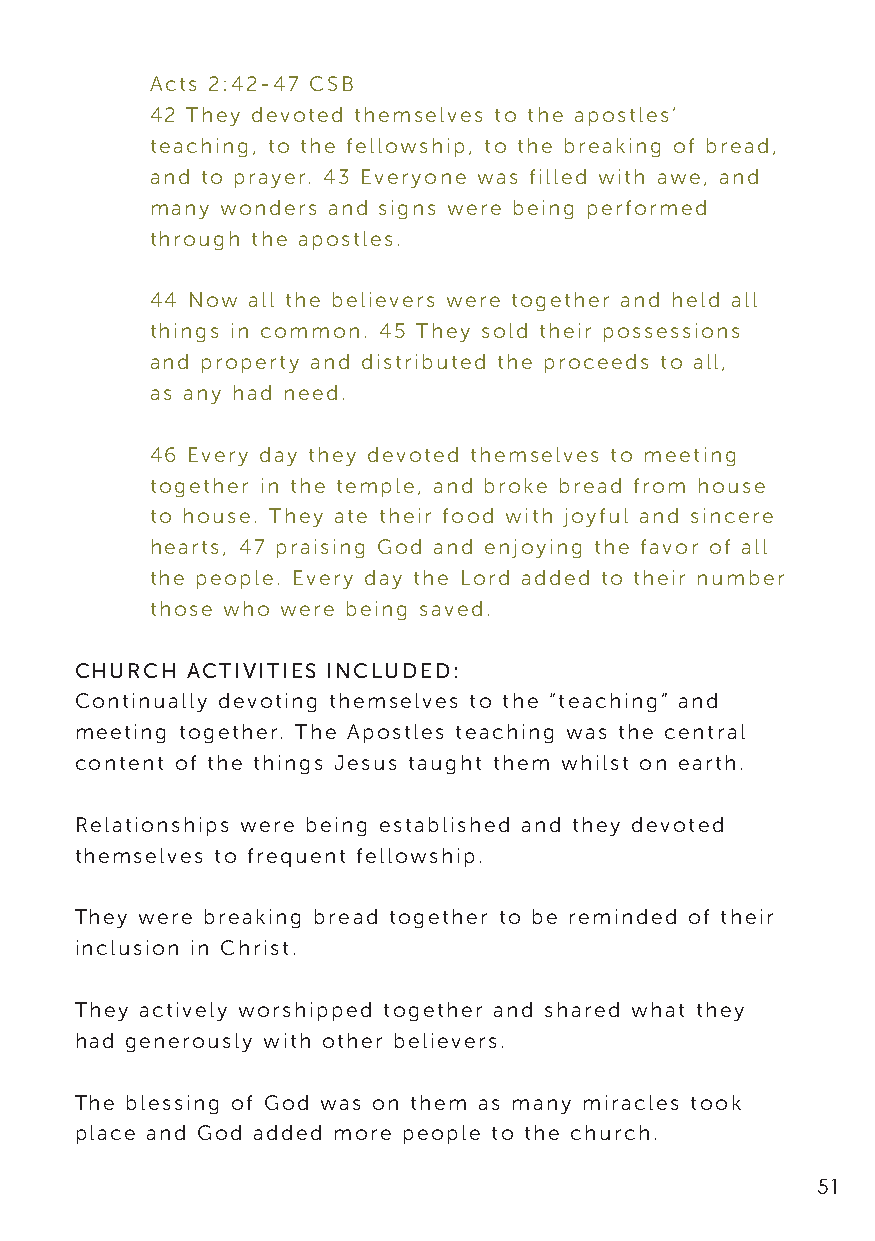
Acts 2:42-47 CSB
 42 They devoted themselves to the apostles’
 teaching, to the fellowship, to the breaking of bread,
 and to prayer. 43 Everyone was filled with awe, and
 many wonders and signs were being performed
 through the apostles.
 44 Now all the believers were together and held all
 things in common. 45 They sold their possessions
 and property and distributed the proceeds to all,
 as any had need.
 46 Every day they devoted themselves to meeting
 together in the temple, and broke bread from house
 to house. They ate their food with joyful and sincere
 hearts, 47 praising God and enjoying the favor of all
 the people. Every day the Lord added to their number
 those who were being saved.
 CHURCH ACTIVITIES INCLUDED:
 Continually devoting themselves to the “teaching” and
 meeting together. The Apostles teaching was the central
 content of the things Jesus taught them whilst on earth.
 Relationships were being established and they devoted
 themselves to frequent fellowship.
 They were breaking bread together to be reminded of their
 inclusion in Christ.
 They actively worshipped together and shared what they
 had generously with other believers.
 The blessing of God was on them as many miracles took
 place and God added more people to the church.
 51